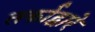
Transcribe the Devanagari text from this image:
तर्काद्वारे